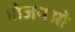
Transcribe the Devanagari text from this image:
भोजनओ